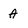
Character: A